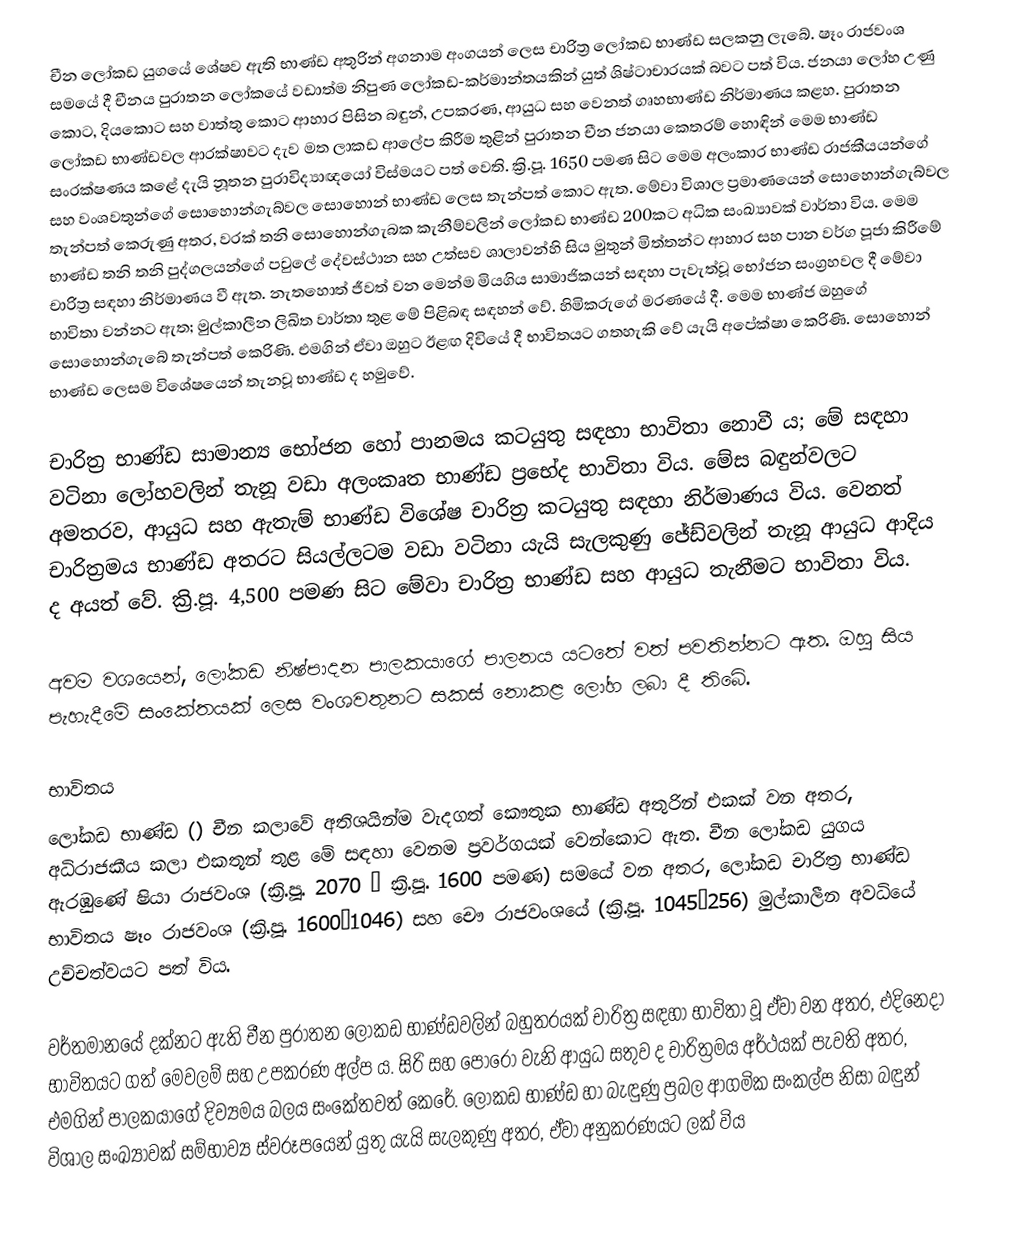
චීන ලෝකඩ යුගයේ ‍ශේෂව ඇති භාණ්ඩ අතුරින් අගනාම අංගයන් ලෙස චාරිත්‍ර ලෝකඩ භාණ්ඩ සලකනු ලැබේ. ෂෑං රාජවංශ සමයේ දී චීනය පුරාතන ලෝකයේ වඩාත්ම නිපුණ ලෝකඩ-කර්මාන්තයකින් යුත් ශිෂ්ටාචාරයක් බවට පත් විය. ජනයා ලෝහ උණු කොට, දියකොට සහ වාත්තු කොට ආහාර පිසින බඳුන්, උපකරණ, ආයුධ සහ වෙනත් ගෘහභාණ්ඩ නිර්මාණය කළහ. පුරාතන ලෝකඩ භාණ්ඩවල ආරක්ෂාවට දැව මත ලාකඩ ආලේප කිරීම තුළින් පුරාතන චීන ජනයා කෙතරම් හොඳින් මෙම භාණ්ඩ සංරක්ෂණය කළේ දැයි නූතන පුරාවිද්‍යාඥයෝ විස්මයට පත් වෙති. ක්‍රි.පූ. 1650 පමණ සිට මෙම අලංකාර භාණ්ඩ රාජකීයයන්ගේ සහ වංශවතුන්ගේ සොහොන්ගැබ්වල සොහොන් භාණ්ඩ ලෙස තැන්පත් කොට ඇත. මේවා විශාල ප්‍රමාණයෙන් සොහොන්ගැබ්වල තැන්පත් කෙරුණු අතර, වරක් තනි සොහොන්ගැබක කැනීම්වලින් ලෝකඩ භාණ්ඩ 200කට අධික සංඛ්‍යාවක් වාර්තා විය. මෙම භාණ්ඩ තනි තනි පුද්ගලයන්ගේ පවුලේ දේවස්ථාන සහ උත්සව ශාලාවන්හි සිය මුතුන් මිත්තන්ට ආහාර සහ පාන වර්ග පූජා කිරීමේ චාරිත්‍ර සඳහා නිර්මාණය වී ඇත. නැතහොත් ජීවත් වන මෙන්ම මියගිය සාමාජිකයන් සඳහා පැවැත්වූ භෝජන සංග්‍රහවල දී මේවා භාවිතා වන්නට ඇත; මුල්කාලීන ලිඛිත වාර්තා තුළ මේ පිළිබඳ සඳහන් වේ. හිමිකරුගේ මරණයේ දී. මෙම භාණ්ජ ඔහුගේ සොහොන්ගැබේ තැන්පත් කෙරිණි. එමගින් ඒවා ඔහුට ඊළඟ දිවියේ දී භාවිතයට ගතහැකි වේ යැයි අපේක්ෂා කෙරිණි. සොහොන් භාණ්ඩ ලෙසම විශේෂයෙන් තැනවූ භාණ්ඩ ද හමුවේ.

චාරිත්‍ර භාණ්ඩ සාමාන්‍ය භෝජන හෝ පානමය කටයුතු සඳහා භාවිතා නොවී ය; මේ සඳහා වටිනා ලෝහවලින් තැනූ වඩා අලංකෘත භාණ්ඩ ප්‍රභේද භාවිතා විය. මේස බඳුන්වලට අමතරව, ආයුධ සහ ඇතැම් භාණ්ඩ විශේෂ චාරිත්‍ර කටයුතු සඳහා නිර්මාණය විය. වෙනත් චාරිත්‍රමය භාණ්ඩ අතරට සියල්ලටම වඩා වටිනා යැයි සැලකුණු ජේඩ්වලින් තැනූ ආයුධ ආදිය ද අයත් වේ. ‍ක්‍රි.පූ. 4,500 පමණ සිට මේවා චාරිත්‍ර භාණ්ඩ සහ ආයුධ තැනීමට භාවිතා විය.

අවම වශයෙන්, ලෝකඩ නිෂ්පාදන පාලකයාගේ පාලනය යටතේ වත් පවතින්නට ඇත. ඔහු සිය පැහැදීමේ සංකේතයක් ලෙස වංශවතුනට සකස් නොකළ ලෝහ ලබා දී තිබේ.

භාවිතය
ලෝකඩ භාණ්ඩ () චීන කලාවේ අතිශයින්ම වැදගත් කෞතුක භාණ්ඩ අතුරින් එකක් වන අතර, අධිරාජකීය කලා එකතූන් තුළ මේ සඳහා වෙනම ප්‍රවර්ගයක් වෙන්කොට ඇත. චීන ලෝකඩ යුගය ඇරඹුණේ ෂියා රාජවංශ (ක්‍රි.පූ. 2070 – ක්‍රි.පූ. 1600 පමණ) සමයේ වන අතර, ලෝකඩ චාරිත්‍ර භාණ්ඩ භාවිතය ෂෑං රාජවංශ (ක්‍රි.පූ. 1600–1046) සහ චෞ රාජවංශයේ (ක්‍රි.පූ. 1045–256) මුල්කාලීන අවධියේ උච්චත්වයට පත් විය.

වර්තමානයේ දක්නට ඇති චීන පුරාතන ලෝකඩ භාණ්ඩවලින් බහුතරයක් චා‍රිත්‍ර සඳහා භාවිතා වූ ඒවා වන අතර, එදිනෙදා භාවිතයට ගත් මෙවලම් සහ උපකරණ අල්ප ය. සිරි සහ පොරෝ වැනි ආයුධ සතුව ද චාරිත්‍රමය අර්ථයක් පැවති අතර, එමගින් පාලකයාගේ දිව්‍යමය බලය සංකේතවත් කෙරේ. ලෝකඩ භාණ්ඩ හා බැඳුණු ප්‍රබල ආගමික සංකල්ප නිසා බඳුන් විශාල සංඛ්‍යාවක් සම්භාව්‍ය ස්වරූපයෙන් යුතු යැයි සැලකුණු අතර, ඒවා අනුකරණයට ලක් විය